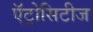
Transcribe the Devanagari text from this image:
ऍट्रोसिटीज